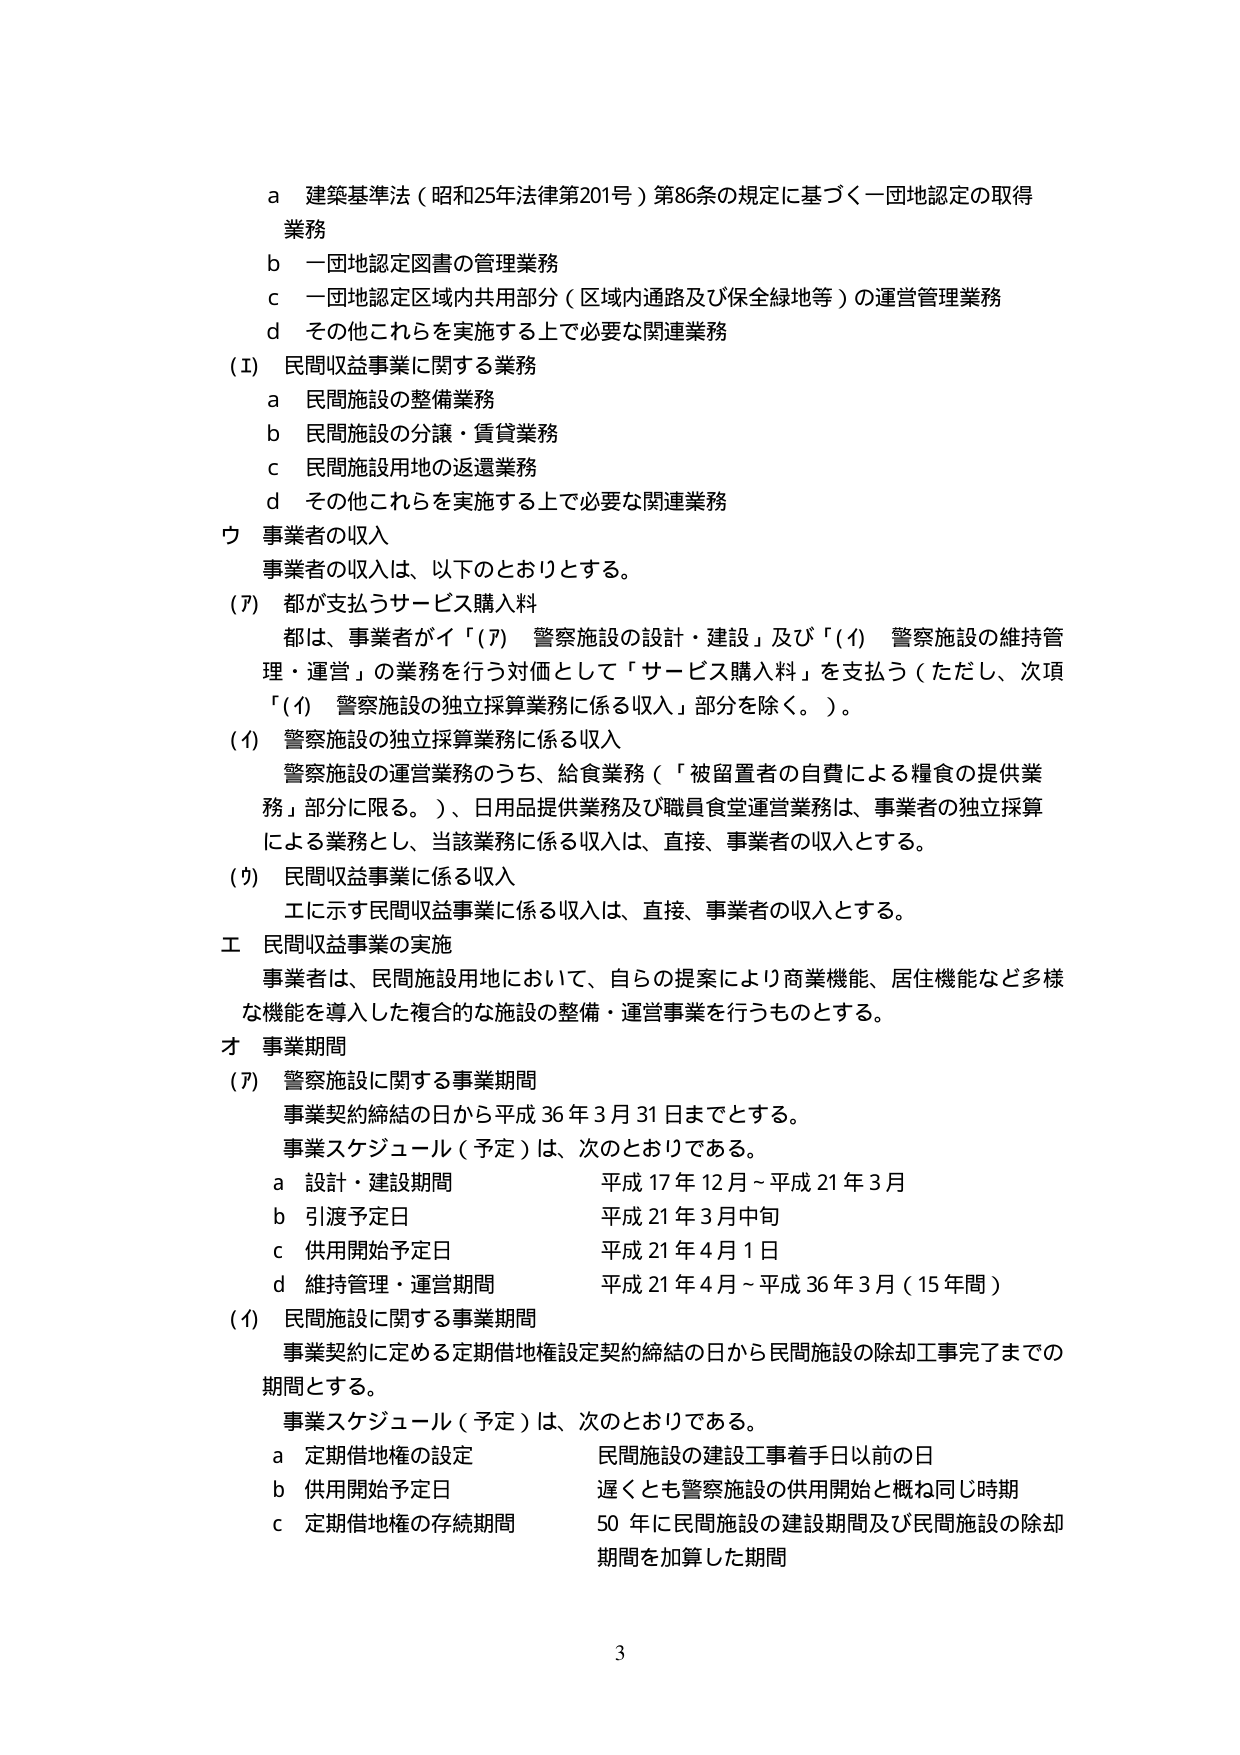
a 建築基準法（昭和25年法律第201号）第86条の規定に基づく一団地認定の取得業務
b 一団地認定図書の管理業務
c 一団地認定区域内共用部分（区域内通路及び保全緑地等）の運営管理業務
d その他これらを実施する上で必要な関連業務

(Ⅰ) 民間収益事業に関する業務
a 民間施設の整備業務
b 民間施設の分譲・賃貸業務
c 民間施設用地の返還業務
d その他これらを実施する上で必要な関連業務

ウ 事業者の収入
事業者の収入は、以下のとおりとする。

(ｱ) 都が支払うサービス購入料
都は、事業者がイ「(ｱ) 警察施設の設計・建設」及び「(ｲ) 警察施設の維持管理・運営」の業務を行う対価として「サービス購入料」を支払う（ただし、次項「(ｲ) 警察施設の独立採算業務に係る収入」部分を除く。）。

(ｲ) 警察施設の独立採算業務に係る収入
警察施設の運営業務のうち、給食業務（「被留置者の自費による糧食の提供業務」部分に限る。）、日用品提供業務及び職員食堂運営業務は、事業者の独立採算による業務とし、当該業務に係る収入は、直接、事業者の収入とする。

(ｳ) 民間収益事業に係る収入
エに示す民間収益事業に係る収入は、直接、事業者の収入とする。

エ 民間収益事業の実施
事業者は、民間施設用地において、自らの提案により商業機能、居住機能など多様な機能を導入した複合的な施設の整備・運営事業を行うものとする。

オ 事業期間

(ｱ) 警察施設に関する事業期間
事業契約締結の日から平成36年3月31日までとする。
事業スケジュール（予定）は、次のとおりである。
a 設計・建設期間 平成17年12月～平成21年3月
b 引渡予定日 平成21年3月中旬
c 供用開始予定日 平成21年4月1日
d 維持管理・運営期間 平成21年4月～平成36年3月（15年間）

(ｲ) 民間施設に関する事業期間
事業契約に定める定期借地権設定契約締結の日から民間施設の除却工事完了までの期間とする。
事業スケジュール（予定）は、次のとおりである。
a 定期借地権の設定 民間施設の建設工事着手日以前の日
b 供用開始予定日 遅くとも警察施設の供用開始と概ね同じ時期
c 定期借地権の存続期間 50年に民間施設の建設期間及び民間施設の除却期間を加算した期間

3